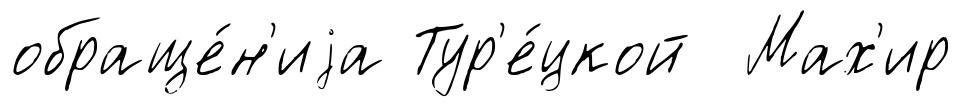
обраще́н'иjа Тур'е́цкой Мах'ир